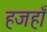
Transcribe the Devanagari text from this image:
हजहाँ